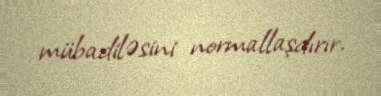
mübadiləsini normallaşdırır.